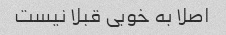
اصلا به خوبی قبلا نیست